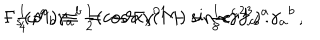
LaTeX: - { \textstyle \frac { 1 } { 4 } } \omega ^ { a } { } _ { b } \gamma _ { a } { } ^ { b } = - \vartheta \Gamma _ { s } ( M ) - { \textstyle \frac { 1 } { 8 } } e ^ { c } f _ { c b } { } ^ { a } \gamma _ { a } { } ^ { b } \, , \hspace { 1 c m } \Gamma _ { s } ( M ) \equiv { \textstyle \frac { 1 } { 2 } } ( \cos { \alpha } \gamma ^ { 0 1 } - \sin { \alpha } \gamma ^ { 2 3 } ) \, .